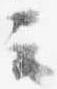
云